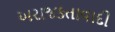
અરાજકતાવાદી